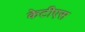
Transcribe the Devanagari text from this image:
केटीएस